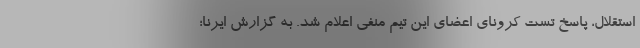
استقلال، پاسخ تست کرونای اعضای این تیم منفی اعلام شد. به گزارش ایرنا؛